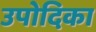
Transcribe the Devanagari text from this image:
उपोदिका